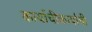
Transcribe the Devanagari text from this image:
कार्याचीकार्याची